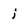
Character: i